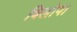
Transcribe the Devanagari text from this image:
बिलोपा